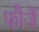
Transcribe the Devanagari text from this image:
फौजैं